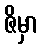
ဇိမှာ